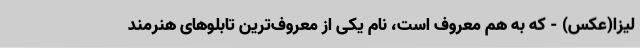
لیزا(عکس) - که به هم معروف است، نام یکی از معروف‌ترین تابلوهای هنرمند